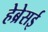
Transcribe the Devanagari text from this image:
हेब्रेसई